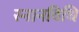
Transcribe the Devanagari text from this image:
स्नानविधि